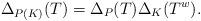
LaTeX: \begin{align*}\Delta_{P(K)}(T) = \Delta_{P}(T) \Delta_{K}(T^w).\end{align*}